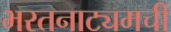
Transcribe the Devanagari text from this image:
भरतनाट्यमची